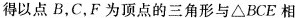
得以点B，C，F为顶点的三角形与△BCE相